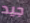
جيد